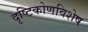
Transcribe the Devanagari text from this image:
दृष्टिकोणविशेष